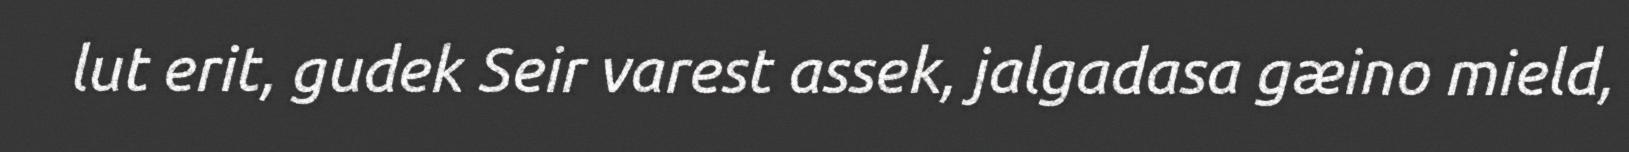
lut erit, gudek Seir varest assek, jalgadasa gæino mield,